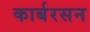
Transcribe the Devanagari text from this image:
कार्बरसन